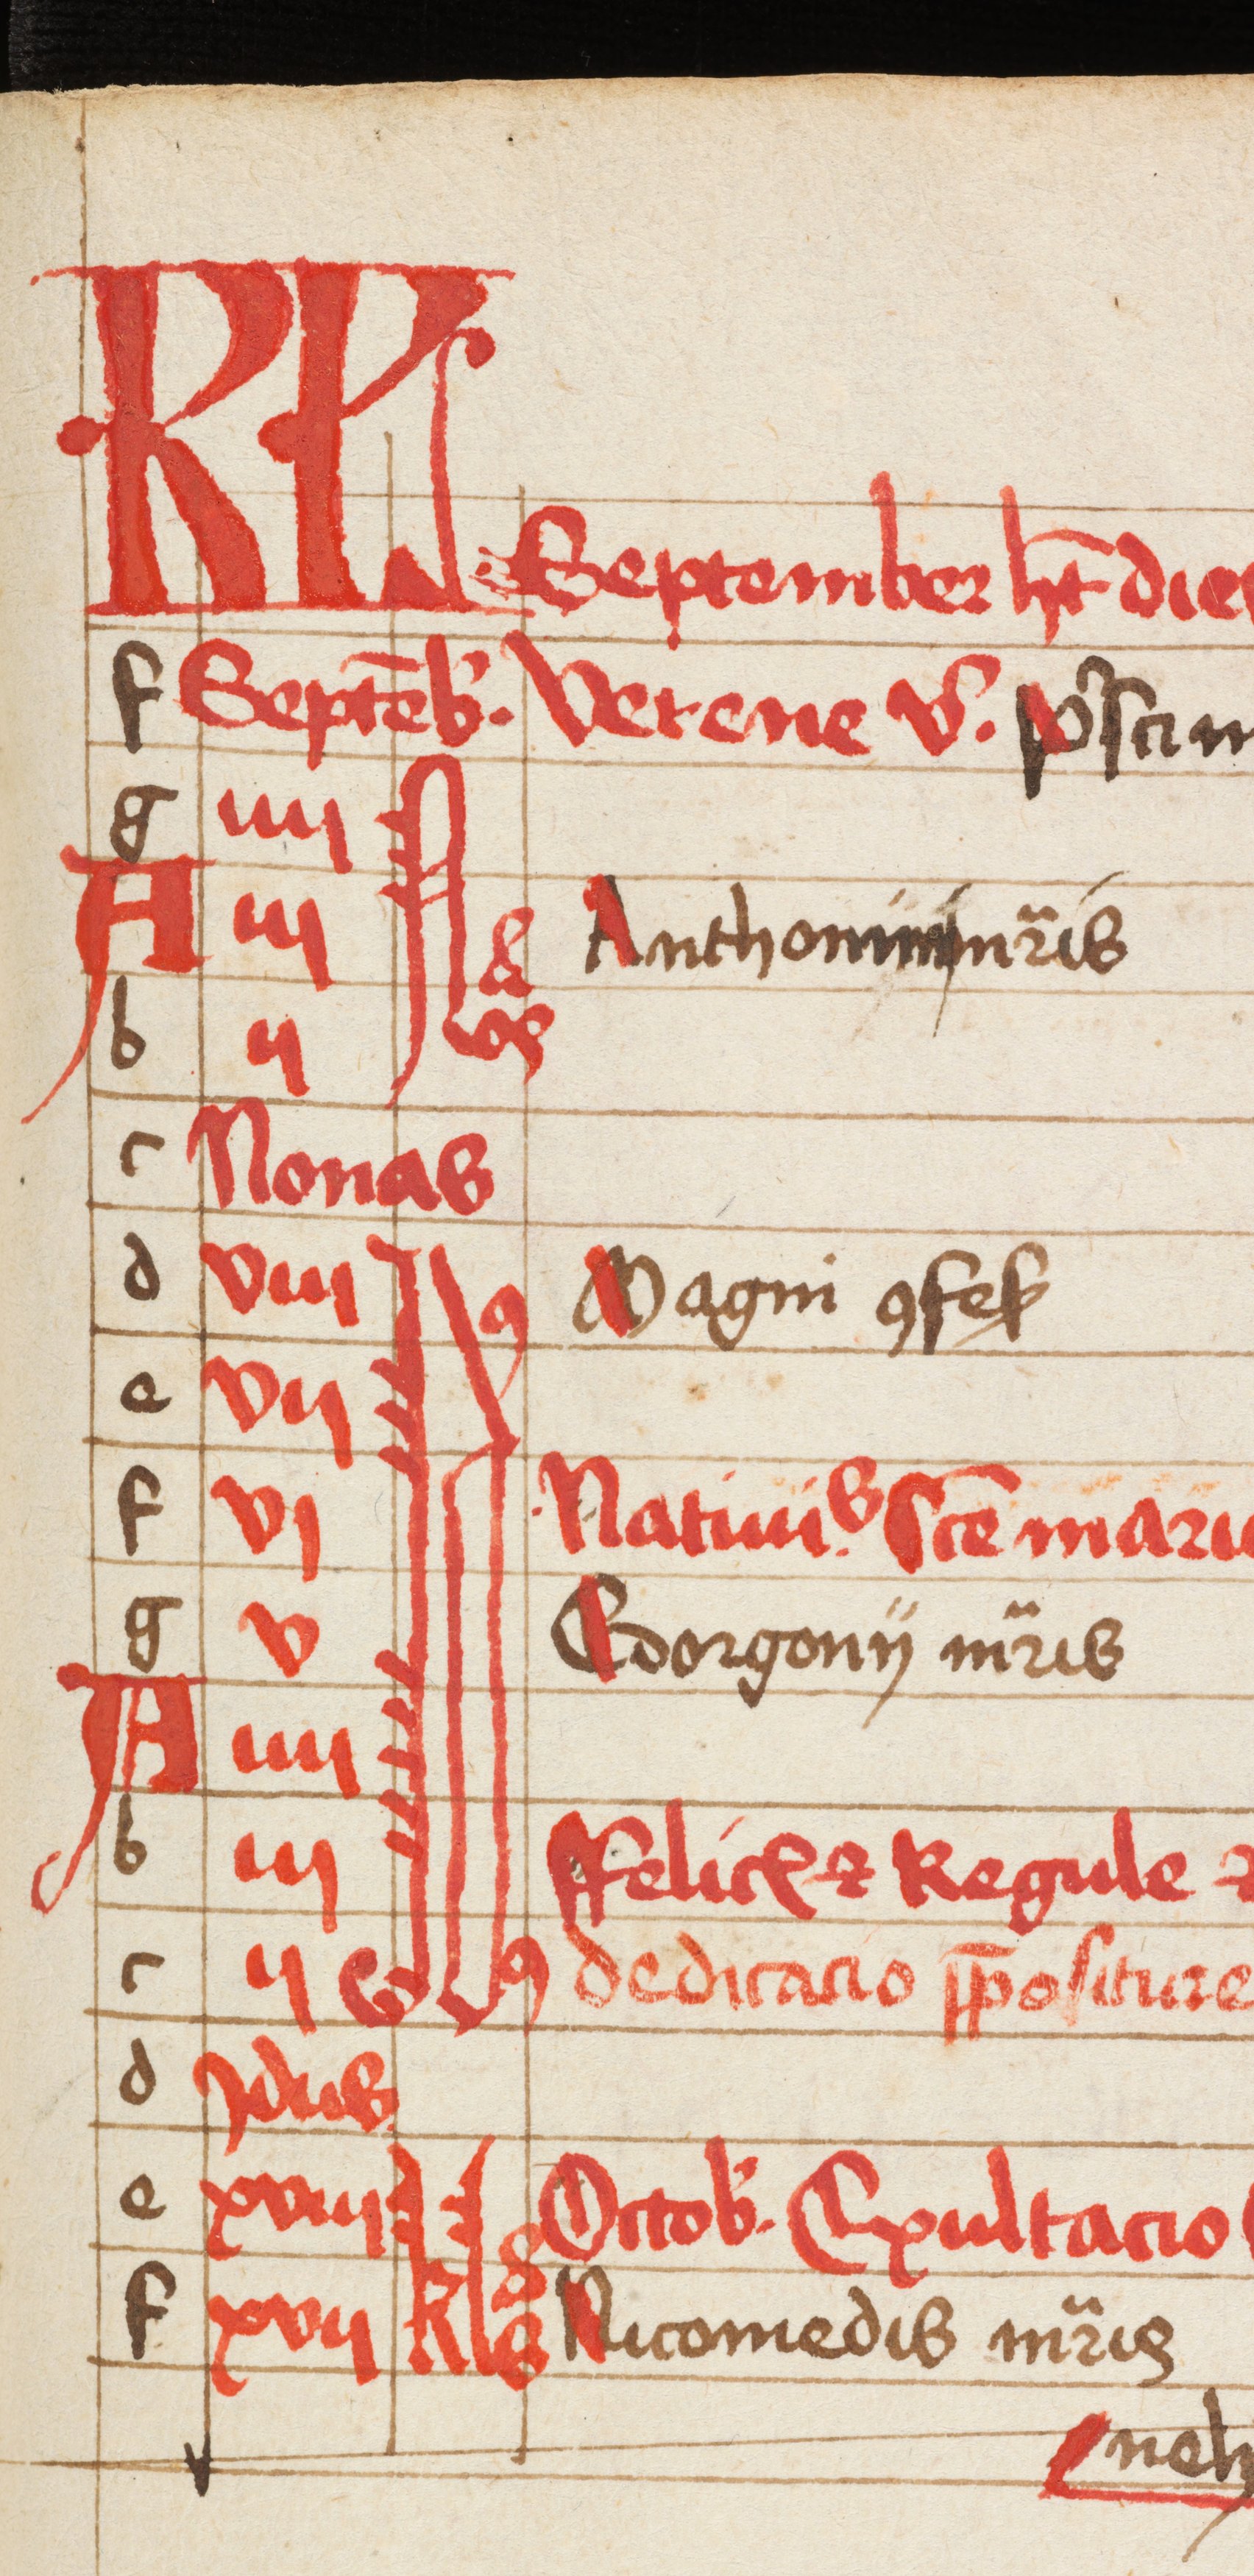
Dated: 1475–1499